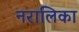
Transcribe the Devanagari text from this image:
नरालिका